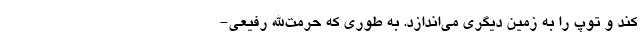
کند و توپ را به زمین دیگری می‌اندازد. به طوری که حرمت‌الله رفیعی-